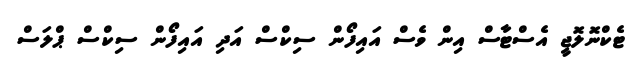
ޓެކްނޮލޮޖީ އެސްޓާސް އިން ވެސް އައިފޯން ސިކްސް އަދި އައިފޯން ސިކްސް ޕްލަސް